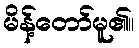
မိန့်တော်မူ၏။